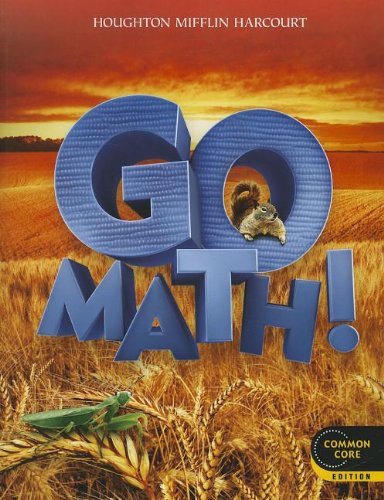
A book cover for Go Math! Grade 2 Common Core Edition; HOUGHTON MIFFLIN HARCOURT; Education & Teaching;